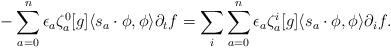
LaTeX: \begin{align*} - \sum_{a=0}^n \epsilon_a \zeta^0_a[g] \langle s_a \cdot \phi, \phi \rangle \partial_t f = \sum_{i}\sum_{a=0}^n \epsilon_a \zeta^{i}_a[g] \langle s_a \cdot \phi, \phi \rangle \partial_{i}f. \end{align*}